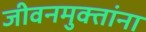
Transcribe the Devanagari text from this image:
जीवनमुक्तांना